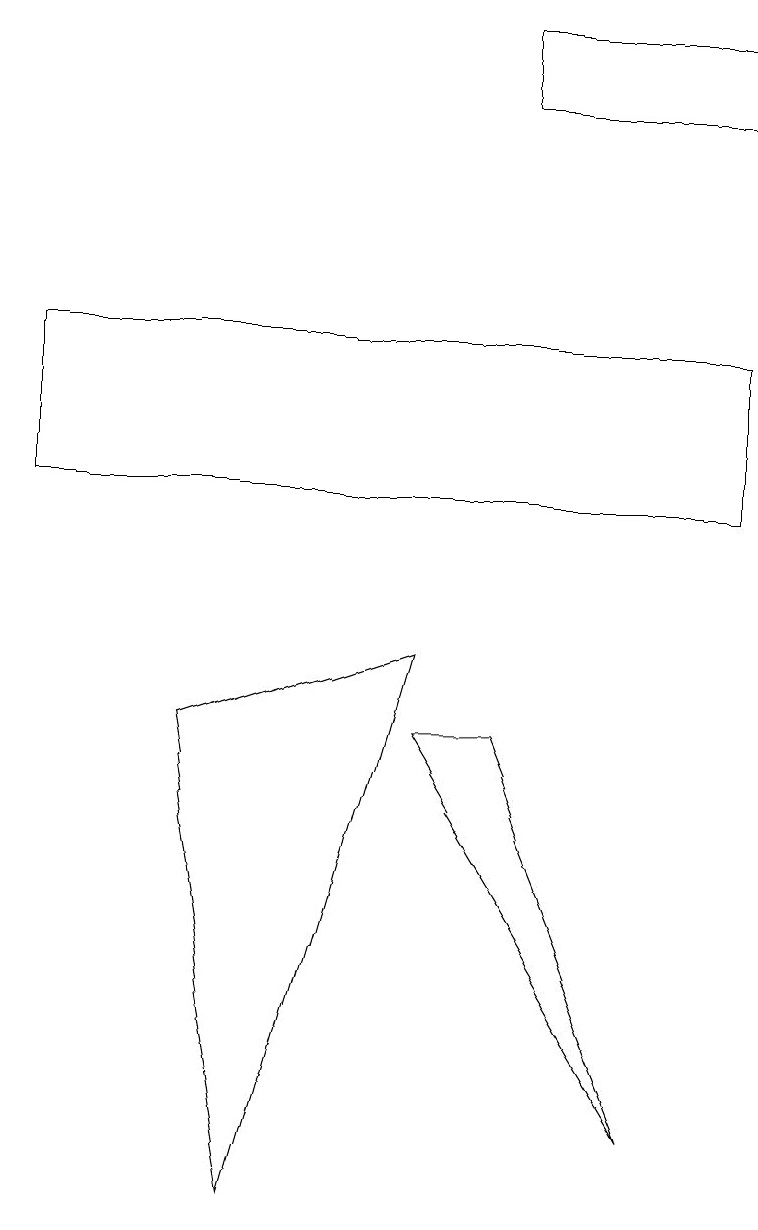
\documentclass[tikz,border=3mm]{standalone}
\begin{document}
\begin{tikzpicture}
\draw (9,10) rectangle (0,12);
\draw (5,7) -- (6,7) -- (8,2) -- cycle;
\draw (9,15) rectangle (6,16);
\draw (5,8) -- (2,7) -- (3,1) -- cycle;
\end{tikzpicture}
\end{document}